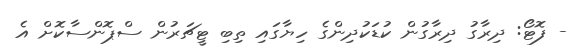
- ފޮޓޯ: ދިރާގު ދިރާގުން ކުޑަކުދިންގެ ހިޔާގައި ތިބި ޓީޗަރުން ސްޕޮންސާކޮށް އެ